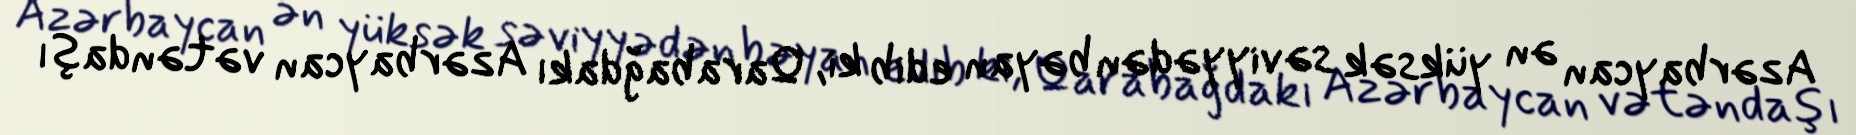
Azərbaycan ən yüksək səviyyədən bəyan edib ki, Qarabağdakı Azərbaycan vətəndaşı